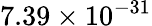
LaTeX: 7.39\times 10^{-31}